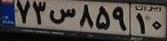
۷۳س۸۵۹۱۰